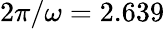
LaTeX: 2\pi/\omega=2.639